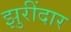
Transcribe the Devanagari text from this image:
झुरींदार